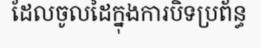
ដែលចូលដៃក្នុងការបិទប្រព័ន្ធ